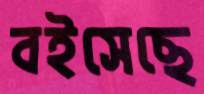
বইসেছে